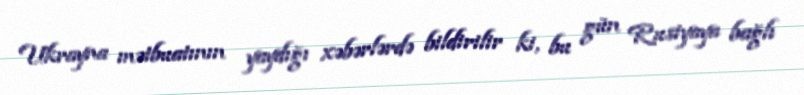
Ukrayna mətbuatının yaydığı xəbərlərdə bildirilir ki, bu gün Rusiyaya bağlı